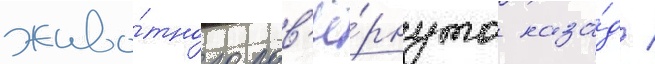
живо́тного пов'ё́рнута наза́д /